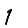
Digit: 1